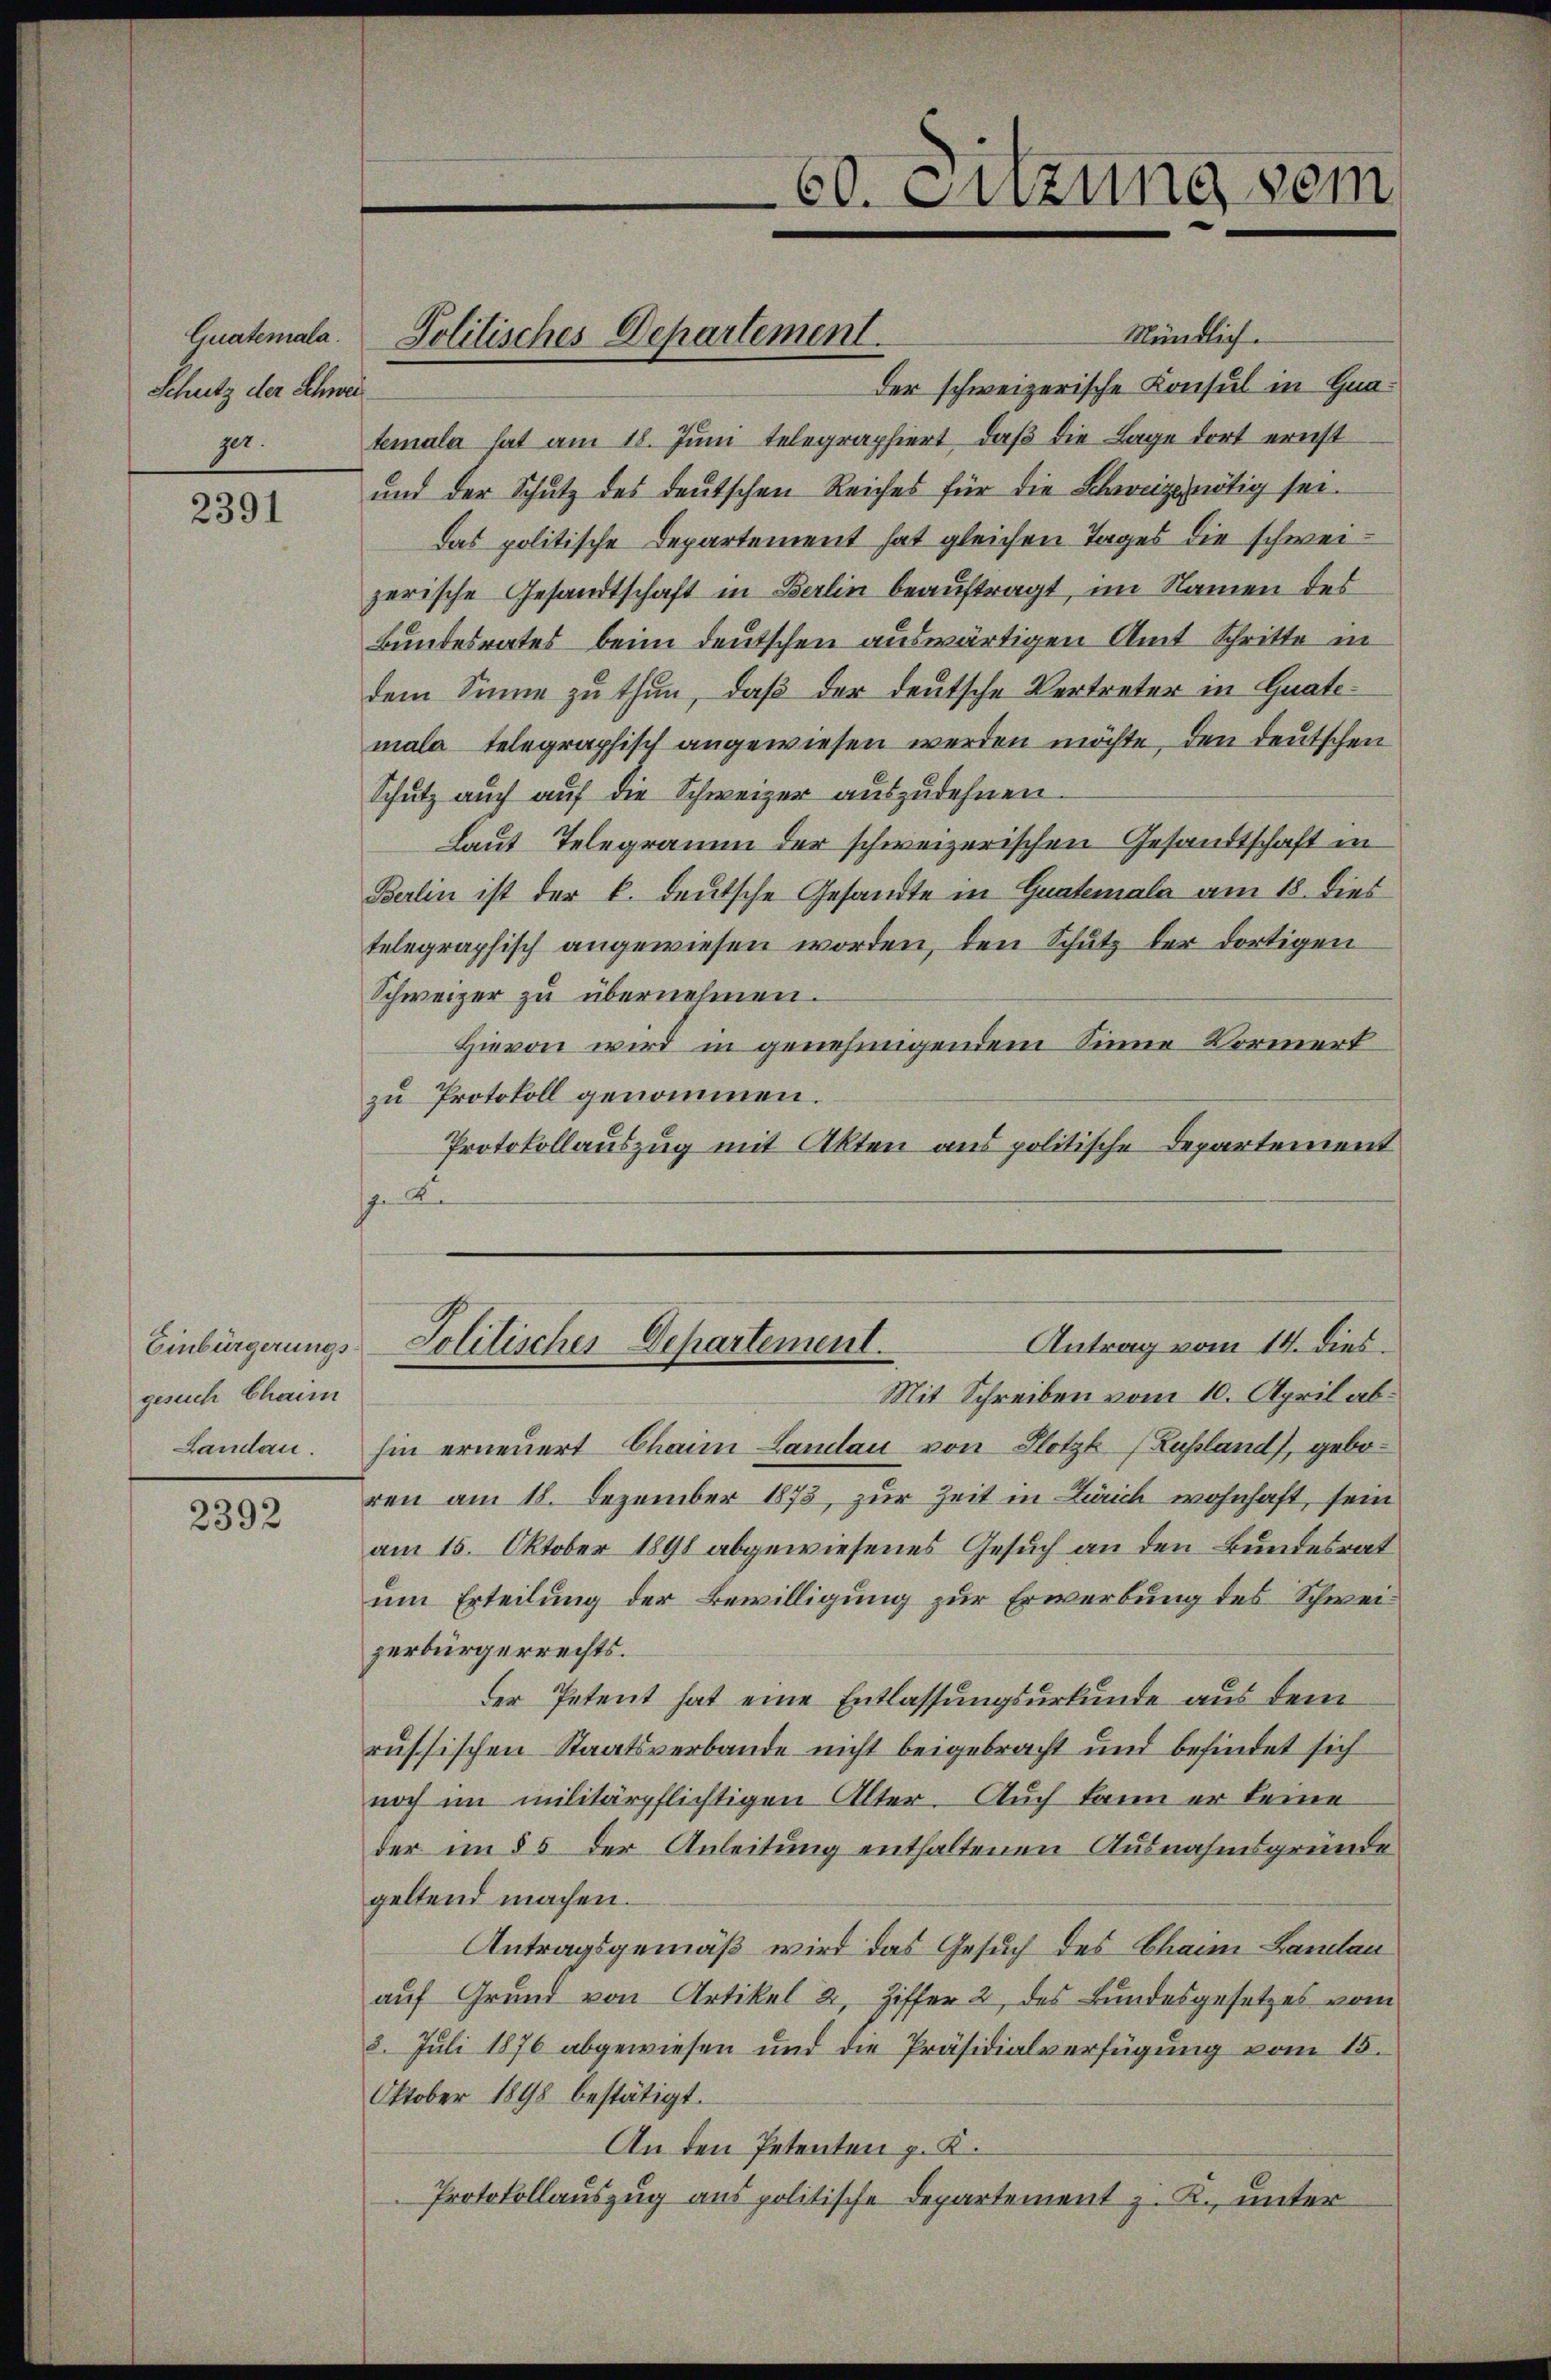
Guahemala.
Schutz der Schwei

2391

Einbürgerungsgesuch Chaim
Landau.

2392

Politisches Departement.

60. Sizung sein

Mündlich.
der schweizerische Konsul in Gnazer. temala hat am 18. Jŭni telegraphiert, daβ die Lage dort ernst
und der Schutz des deutschen Reiches für die Bonzonötig sei.
das politische Departement hat gleichen Tages die schweizerische Gesandtschaft in Berlin beauftragt, im Namen des
Bundesrates beim deutschen auswärtigen Amt Schritte in
dem Sinne zu thun, daβ der deutsche Vertreter in Guatemala telegraphisch angewiesen werden möchte, den deutschen
Schutz auch auf die Schweizer auszudehnen.
Laut Telegramm der schweizerischen Gesandtschaft in
Berlin ist der k. deutsche Gesandte in Guatemala am 18. dies
telegraphisch angewiesen worden, den Schutz der dortigen
Schweizer zu übernehmen.
Hievon wird in genehmigendem Sinne Kormert
zu Protokoll genommen.
Protokollauszug mit Akten aus politische Departement
s du
Antrag vom 14. dies.
Politischer Departement.
Mit Schreiben vom 10. April abhin erneuert Chaim Landau von Hotz (Zupland), geboren am 18. Dezember 1873, zur Zeit in Zürich wohnhaft, sein
am 15. Oktober 1891 abgewiesenes Gesuch an den Bundesrat
um Erteilung der Bewilligung zur Erwerbung des Schweizerbürgerrechts.
der Petent hat eine Entlassungsurkunde aus dem
russischen Staatsverbande nicht beigebracht und befindet sich
noch im militärpflichtigen Alter. Auch kann er keine
der im § 5 der Anleitung enthaltenen Ausnahmsgründe
geltend machen.
Antragsgemäß wird das Gesuch des Chann Landau
auf Grund von Artikel 2, Ziffer 2, des Bundesgesetzes vom
8. Juli 1876 abgewiesen und die Präsidialverfügung vom 15.
Oktober 1898 bestätigt.
An den Petenten p. K.
Protokollauszug aus politische Departement z. K. unter